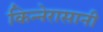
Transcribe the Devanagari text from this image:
किन्नेरासानी